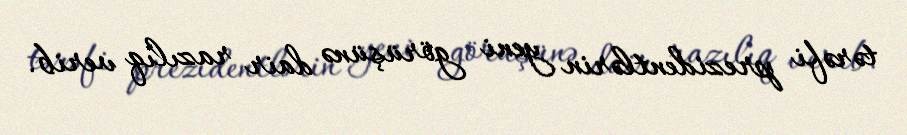
tərəfi prezidentlərin yeni görüşünə dair razılıq verib.